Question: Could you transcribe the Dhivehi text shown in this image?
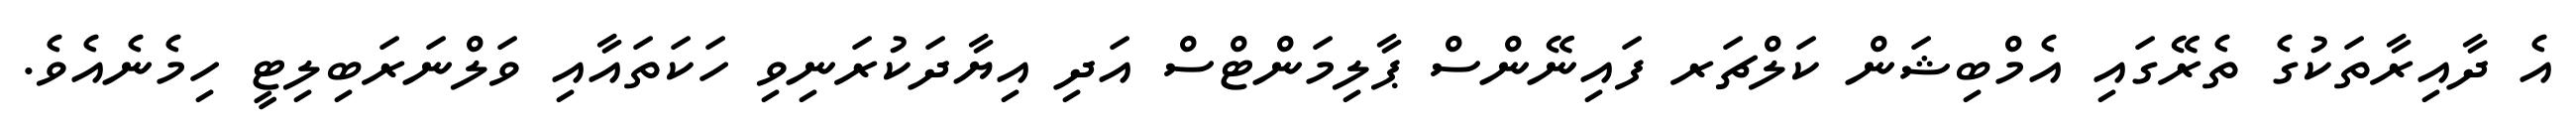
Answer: އެ ދާއިރާތަކުގެ ތެރޭގައި އެމްބިޝަން ކަލްޗަރ ފައިނޭންސް ޕާލިމަންޓްސް އަދި އިޔާދަކުރަނިވި ހަކަތައާއި ވަލްނަރަބިލިޓީ ހިމެނެއެވެ.